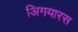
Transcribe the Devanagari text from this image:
अिगयारस